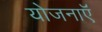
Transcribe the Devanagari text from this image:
योजनाऍं